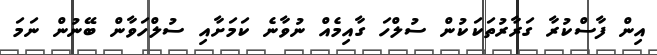
އިން ފާސްކުރާ ގަރާރުތަކަކުން ސުލްހަ ގާއިމެއް ނުވާނެ ކަމަށާއި ސުލްހަވާން ބޭނުން ނަމަ